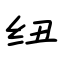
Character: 纽